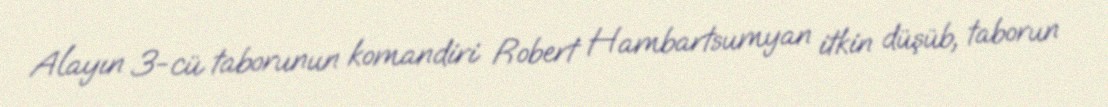
Alayın 3-cü taborunun komandiri Robert Hambartsumyan itkin düşüb, taborun